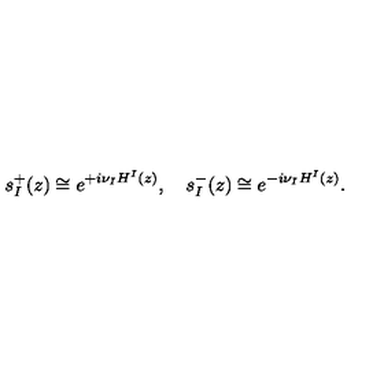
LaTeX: s _ { I } ^ { + } ( z ) \cong e ^ { + i \nu _ { I } H ^ { I } ( z ) } , \quad s _ { I } ^ { - } ( z ) \cong e ^ { - i \nu _ { I } H ^ { I } ( z ) } .